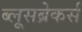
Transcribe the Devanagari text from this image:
ब्लूसब्रेकर्स